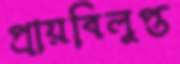
প্রায়বিলুপ্ত